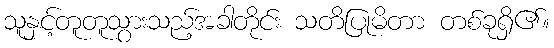
သူနှင့်တူတူသွားသည့်အခါတိုင်း သတိပြုမိတာ တစ်ခုရှိ၏။